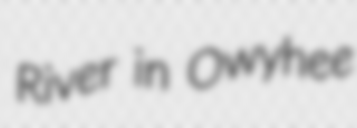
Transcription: River in Owyhee